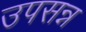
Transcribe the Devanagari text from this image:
उपसन्न